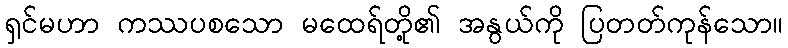
ရှင်မဟာ ကဿပစသော မထေရ်တို့၏ အနွယ်ကို ပြတတ်ကုန်သော။